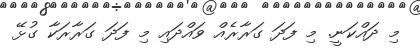
މި ދައްކަނީ. މި ފަދަ ގަރާރެއް ވައްދައި މި ފަދަ ގަރާރަކާ ގުޅޭ